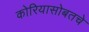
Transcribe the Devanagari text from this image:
कोरियासोबतचे